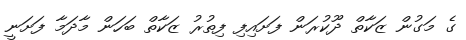
ގެ މަގުން ޒަކާތް ދޫކުރަން ފަށައިފި ފިތުރު ޒަކާތް ބަހަން މާދަމާ ފަށަނީ